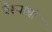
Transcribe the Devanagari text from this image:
वैश्यांची